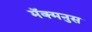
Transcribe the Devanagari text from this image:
मॅक्मनुस